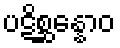
ပဋိစ္ဆန္နောဝ